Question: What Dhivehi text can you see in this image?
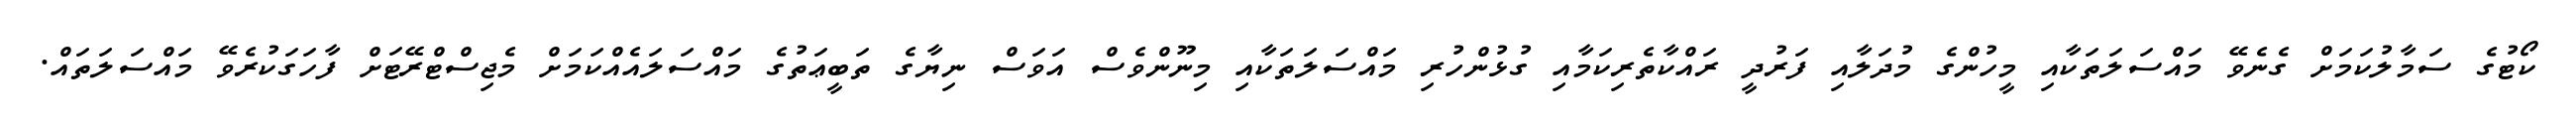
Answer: ކޯޓުގެ ސަމާލުކަމަށް ގެނެވޭ މައްސަލަތަކާއި މީހުންގެ މުދަލާއި ފަރުދީ ރައްކާތެރިކަމާއި ގުޅުންހުރި މައްސަލަތަކާއި މިނޫންވެސް އަވަސް ނިޔާގެ ތަބީޢަތުގެ މައްސަލައެއްކަމަށް މެޖިސްޓްރޭޓަށް ފާހަގަކުރެވޭ މައްސަލަތައް.